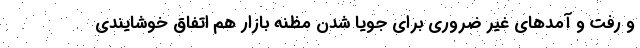
و رفت و آمدهای غیر ضروری برای جویا شدن مظنه بازار هم اتفاق خوشایندی